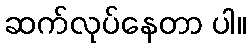
ဆက်လုပ်နေတာ ပါ။